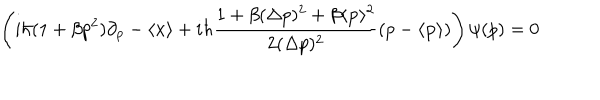
LaTeX: \left( i \hbar ( 1 + \beta p ^ { 2 } ) \partial _ { p } - \langle { \bf { x } } \rangle + i \hbar \frac { 1 + \beta ( \Delta p ) ^ { 2 } + \beta \langle { \bf { p } } \rangle ^ { 2 } } { 2 ( \Delta p ) ^ { 2 } } ( p - \langle { \bf { p } } \rangle ) \right) \psi ( p ) = 0